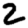
Digit: 2